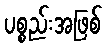
ပစ္စည်းအဖြစ်